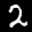
Label: 2